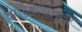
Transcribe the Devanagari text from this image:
कार्डियोवेस्कुलर